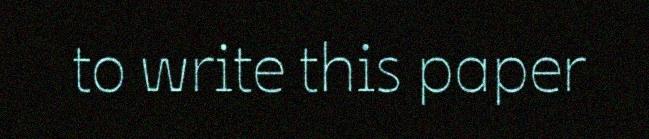
to write this paper